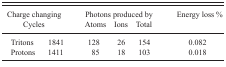
<table><thead><tr><td rowspan="2" colspan="2"><b>Charge changing Cycles</b></td><td colspan="3"><b>Photons produced by</b></td><td rowspan="2"><b>Energy loss %</b></td></tr><tr><td><b>Atoms</b></td><td><b>Ions</b></td><td><b>Total</b></td></tr></thead><tbody><tr><td> Tritons</td><td>1841</td><td>128</td><td>26</td><td>154</td><td>0.082</td></tr><tr><td> Protons</td><td>1411</td><td>85</td><td>18</td><td>103</td><td>0.018</td></tr></tbody></table>